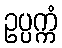
ဥပ္ပက္ကံ